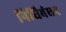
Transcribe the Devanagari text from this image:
निधिबंधन